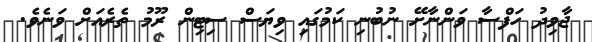
ޖާވިދު ހަފްސާ ވަންނާށޭ ނުބުނި ކަމުގައި ވިޔަސް ސިޓިން ރޫމު ތެރެއަށް ވަނެވެ.